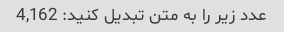
عدد زیر را به متن تبدیل کنید: 4,162